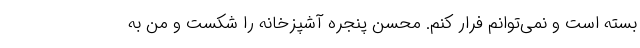
بسته است و نمی‌توانم فرار کنم. محسن پنجره آشپزخانه را شکست و من به